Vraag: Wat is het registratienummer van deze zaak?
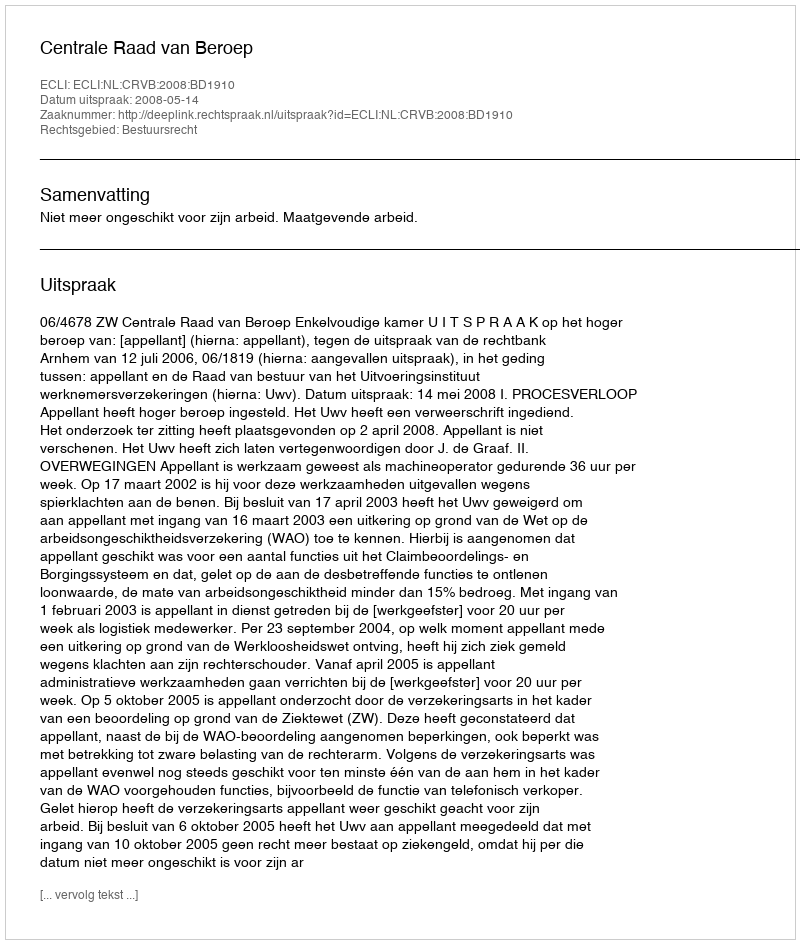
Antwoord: http://deeplink.rechtspraak.nl/uitspraak?id=ECLI:NL:CRVB:2008:BD1910